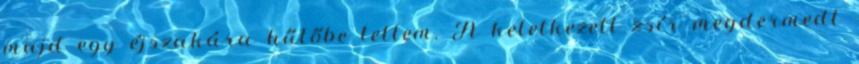
majd egy éjszakára hűtőbe tettem. A keletkezett zsír megdermedt